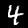
Label: 4